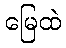
မြေထဲ